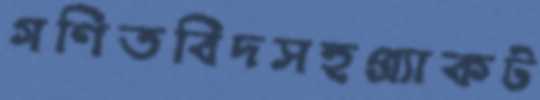
গণিতবিদসহপ্র্যাকট